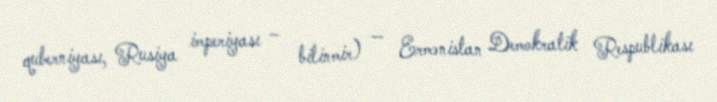
quberniyası, Rusiya imperiyası – bilinmir) — Ermənistan Demokratik Respublikası